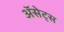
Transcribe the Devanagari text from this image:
ॲसेट्स